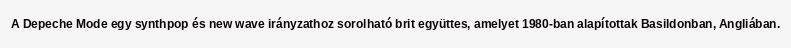
A Depeche Mode egy synthpop és new wave irányzathoz sorolható brit együttes, amelyet 1980-ban alapítottak Basildonban, Angliában.